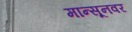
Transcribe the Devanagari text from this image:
मान्सूनवर